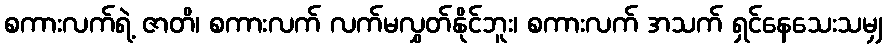
စကားလက်ရဲ့ ဇာတိ၊ စကားလက် လက်မလွှတ်နိုင်ဘူး၊ စကားလက် အသက် ရှင်နေသေးသမျှ